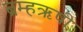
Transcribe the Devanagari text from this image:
ब्रम्हऋषी